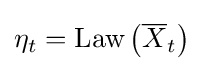
\eta _{t}={\text{Law}}\left({\overline {X}}_{t}\right)